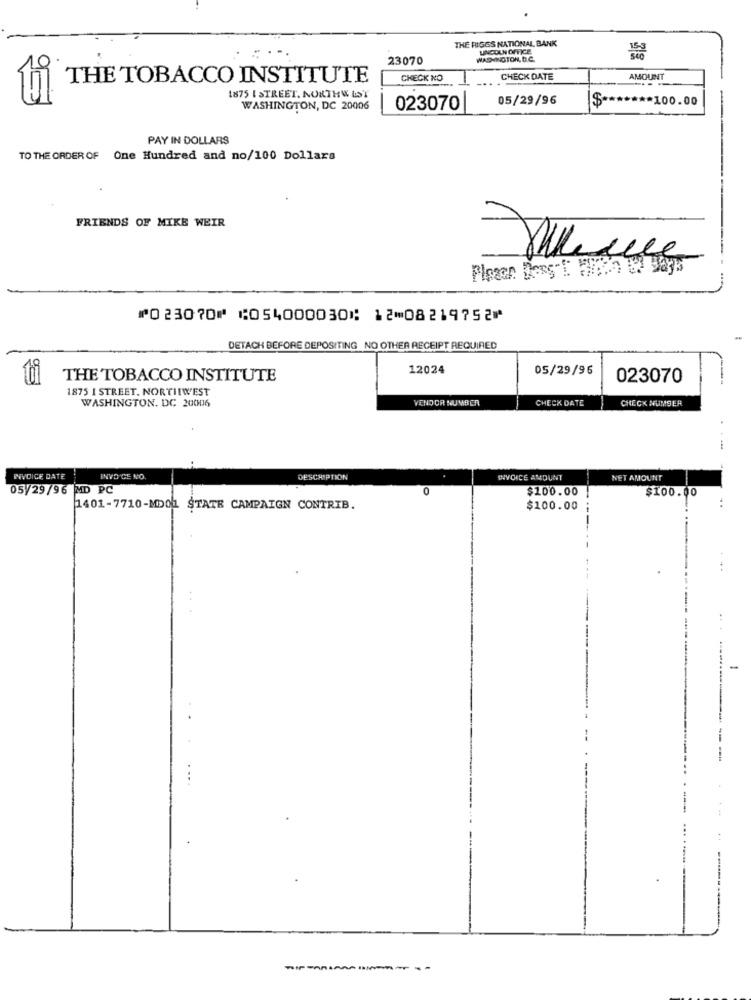
THE RIGGS NATIONAL BANK
LINCOLN OFFICE
23070
WASNOTON, D.C.
THE TOBACCO INSTITUTE
CHECK NO
CHECK DATE
AMOUNT
1875 [ STREET. NORTHW LST
05/29/96
WASHINGTON, DC 20006
023070
$ ******* 100.00
PAY IN DOLLARS
TO THE ORDER OF One Hundred and no/100 Dollars
FRIENDS OF MIKE WEIR
Pleace Desset Flops
⑈023070⑈ ⑆054000030⑆ 12⑉08219752⑈
DETACH BEFORE DEPOSITING_NO OTHER RECEIPT REQUIRED
12024
05/29/96
ti
THE TOBACCO INSTITUTE
023070
1875 1 STREET. NORTHWEST
WASHINGTON, DC 20006
VENDOR NUMBER
CHECK DATE
CHECK NUMBER
INVOICE DATE
INVO CE NO.
DESCRIPTION
INVOICE AMOUNT
NET AMOUNT
05/29/96 MD PC
0
$100.00
$100.00
1401-7710-MD01 STATE CAMPAIGN CONTRIB.
$100.00
------------
----